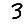
Digit: 3